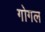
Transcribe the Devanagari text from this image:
गोगल